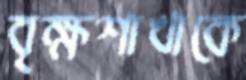
বৃক্ষশাখাকে